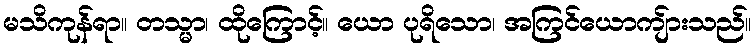
မသိကုန်ရာ။ တသ္မာ၊ ထိုကြောင့်။ ယော ပုရိသော၊ အကြင်ယောကျ်ားသည်။